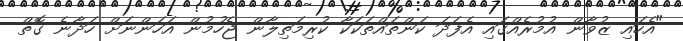
"އެހައި ޒުވާން އުމުރެއްގައި އެފަދަ ކަންތައްތަކަކާ ކުރިމަތިލާން ޖެހުމުން އަހަންނަށް ހަދާނެ ގޮތް